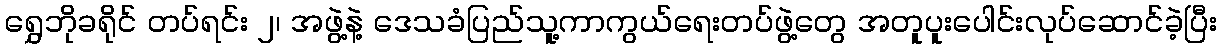
ရွှေဘိုခရိုင် တပ်ရင်း ၂၊ အဖွဲ့နဲ့ ဒေသခံပြည်သူ့ကာကွယ်ရေးတပ်ဖွဲ့တွေ အတူပူးပေါင်းလုပ်ဆောင်ခဲ့ပြီး